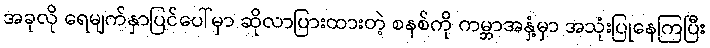
အခုလို ရေမျက်နှာပြင်ပေါ်မှာ ဆိုလာပြားထားတဲ့ စနစ်ကို ကမ္ဘာအနှံ့မှာ အသုံးပြုနေကြပြီး